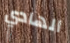
الهادي